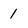
Character: 1